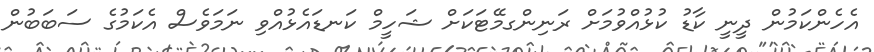
އެހެންކަމުން ދީނީ ކާޑު ކުޅުއްވުމަށް ރަނިންގމޭޓަކަށް ޝަހީމް ކަނޑައެޅުއްވި ނަމަވެސް އެކަމުގެ ސަބަބުން